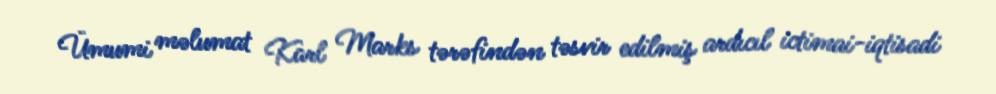
Ümumi məlumat Karl Marks tərəfindən təsvir edilmiş ardıcıl ictimai-iqtisadi